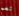
نعم